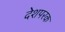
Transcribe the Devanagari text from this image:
देशपरक